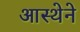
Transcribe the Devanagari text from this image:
आस्‍थेने